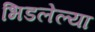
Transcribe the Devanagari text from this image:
भिडलेल्या